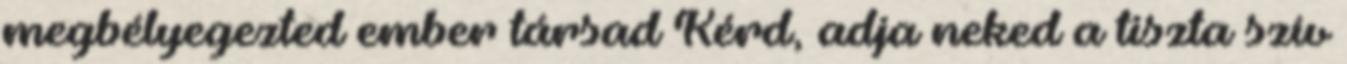
megbélyegezted ember társad Kérd, adja neked a tiszta szív